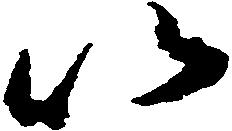
以